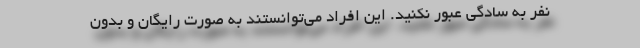
نفر به سادگی عبور نکنید. این افراد می‌توانستند به صورت رایگان و بدون